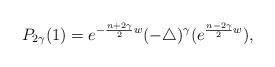
LaTeX: \begin{align*} P_{2\gamma}(1)=e^{-\frac{n+2\gamma}{2}w}(-\triangle)^{\gamma}(e^{\frac{n-2\gamma}{2}w}),\end{align*}